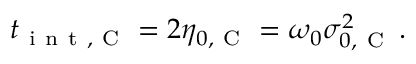
t _ { \mathrm { ~ i ~ n ~ t ~ , ~ C ~ } } = 2 \eta _ { 0 , \mathrm { ~ C ~ } } = \omega _ { 0 } \sigma _ { 0 , \mathrm { ~ C ~ } } ^ { 2 } \, .